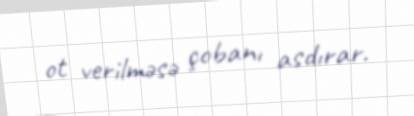
ot verilməsə çobanı asdırar.